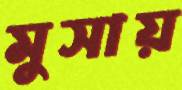
মুসায়